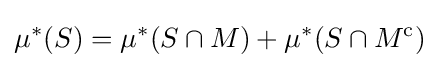
\mu ^{*}(S)=\mu ^{*}(S\cap M)+\mu ^{*}(S\cap M^{\mathrm {c} })